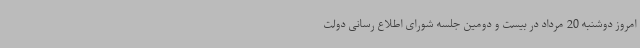
امروز دوشنبه 20 مرداد در بیست و دومین جلسه شورای اطلاع رسانی دولت